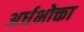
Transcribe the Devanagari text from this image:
अर्धभोक्ता